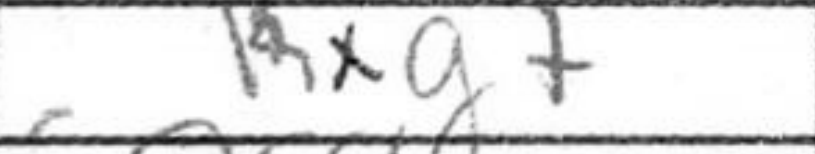
Transcription: Kxg7